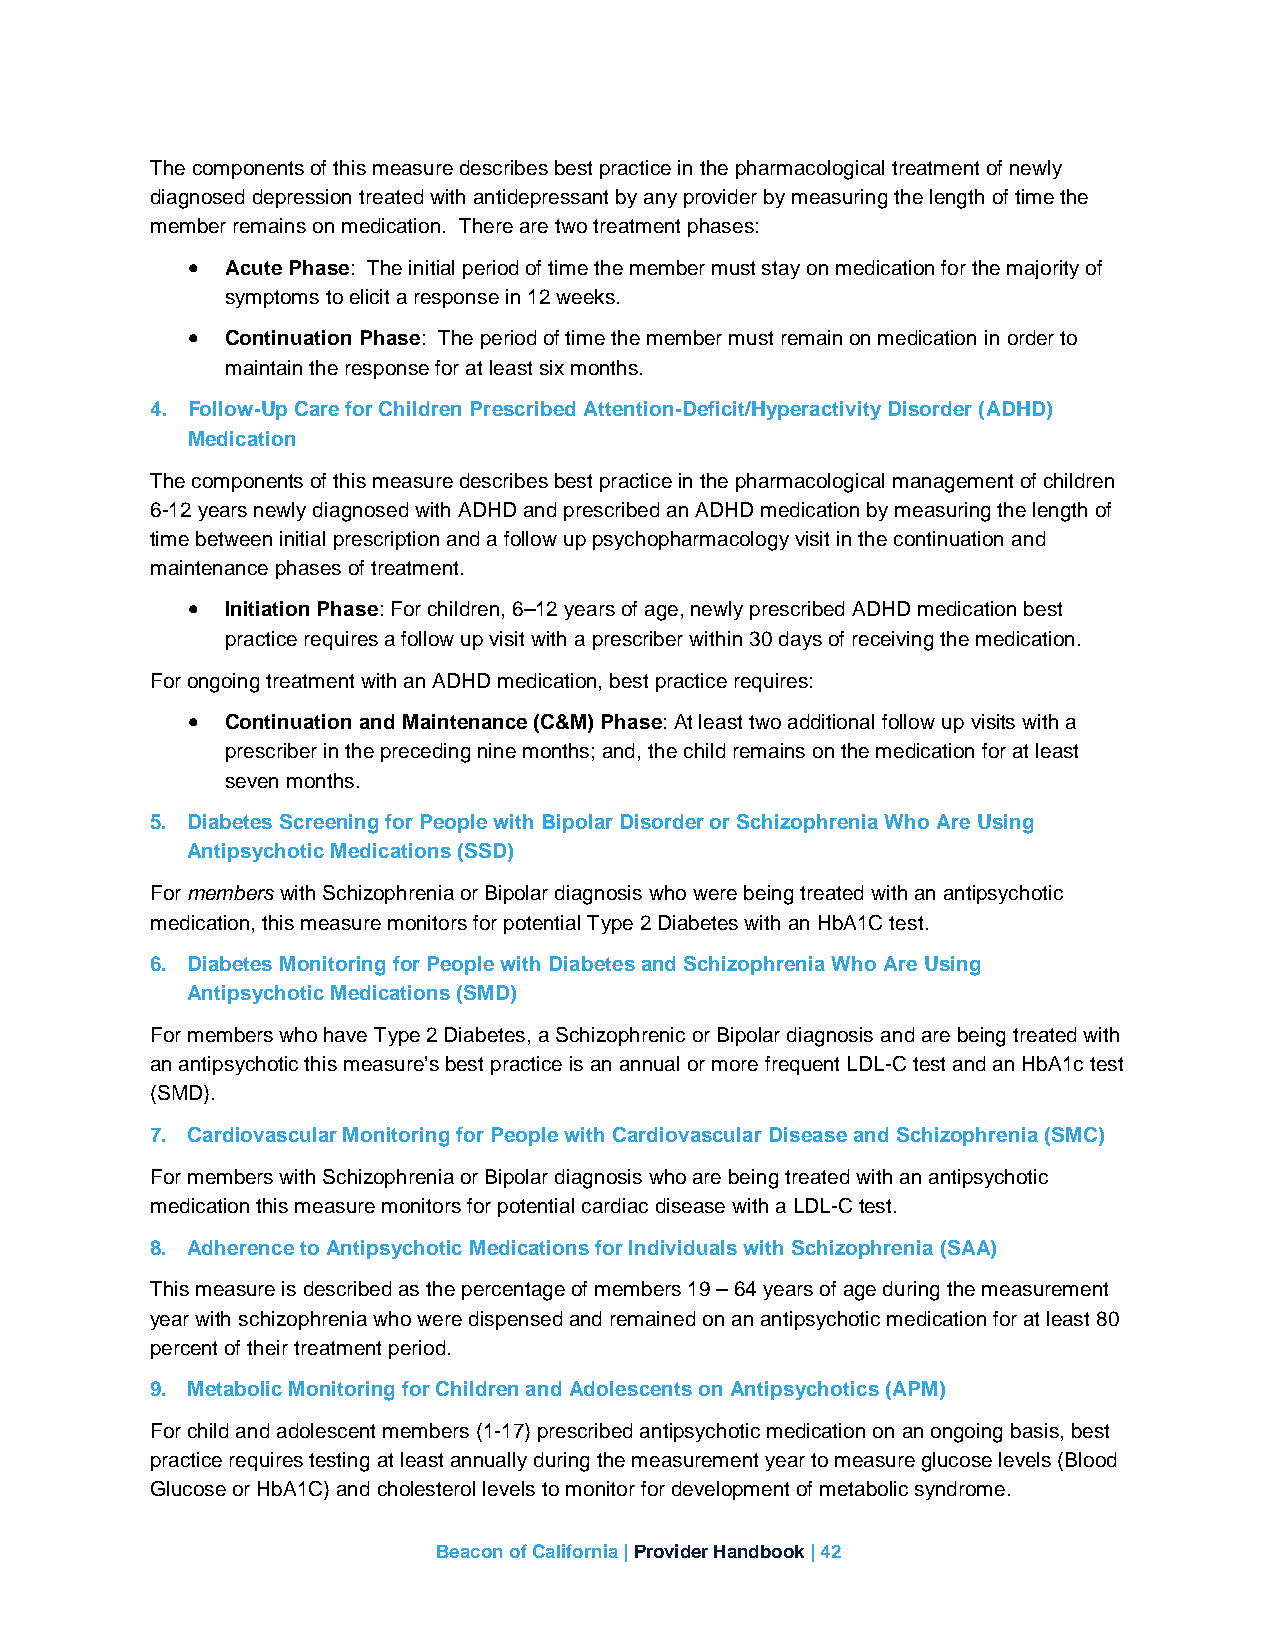
The components of this measure describes best practice in the pharmacological treatment of newly
 diagnosed depression treated with antidepressant by any provider by measuring the length of time the
 member remains on medication. There are two treatment phases:
 •  Acute Phase: The initial period of time the member must stay on medication for the majority of
 symptoms to elicit a response in 12 weeks.
 •  Continuation Phase: The period of time the member must remain on medication in order to
 maintain the response for at least six months.
 4. Follow-Up Care for Children Prescribed Attention-Deficit/Hyperactivity Disorder (ADHD)
 Medication
 The components of this measure describes best practice in the pharmacological management of children
 6-12 years newly diagnosed with ADHD and prescribed an ADHD medication by measuring the length of
 time between initial prescription and a follow up psychopharmacology visit in the continuation and
 maintenance phases of treatment.
 •  Initiation Phase: For children, 6–12 years of age, newly prescribed ADHD medication best
 practice requires a follow up visit with a prescriber within 30 days of receiving the medication.
 For ongoing treatment with an ADHD medication, best practice requires:
 •  Continuation and Maintenance (C&M) Phase: At least two additional follow up visits with a
 prescriber in the preceding nine months; and, the child remains on the medication for at least
 seven months.
 5. Diabetes Screening for People with Bipolar Disorder or Schizophrenia Who Are Using
 Antipsychotic Medications (SSD)
 For members with Schizophrenia or Bipolar diagnosis who were being treated with an antipsychotic
 medication, this measure monitors for potential Type 2 Diabetes with an HbA1C test.
 6. Diabetes Monitoring for People with Diabetes and Schizophrenia Who Are Using
 Antipsychotic Medications (SMD)
 For members who have Type 2 Diabetes, a Schizophrenic or Bipolar diagnosis and are being treated with
 an antipsychotic this measure’s best practice is an annual or more frequent LDL-C test and an HbA1c test
 (SMD).
 7. Cardiovascular Monitoring for People with Cardiovascular Disease and Schizophrenia (SMC)
 For members with Schizophrenia or Bipolar diagnosis who are being treated with an antipsychotic
 medication this measure monitors for potential cardiac disease with a LDL-C test.
 8. Adherence to Antipsychotic Medications for Individuals with Schizophrenia (SAA)
 This measure is described as the percentage of members 19 – 64 years of age during the measurement
 year with schizophrenia who were dispensed and remained on an antipsychotic medication for at least 80
 percent of their treatment period.
 9. Metabolic Monitoring for Children and Adolescents on Antipsychotics (APM)
 For child and adolescent members (1-17) prescribed antipsychotic medication on an ongoing basis, best
 practice requires testing at least annually during the measurement year to measure glucose levels (Blood
 Glucose or HbA1C) and cholesterol levels to monitor for development of metabolic syndrome.
 Beacon of California | Provider Handbook | 42